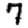
Digit: 7